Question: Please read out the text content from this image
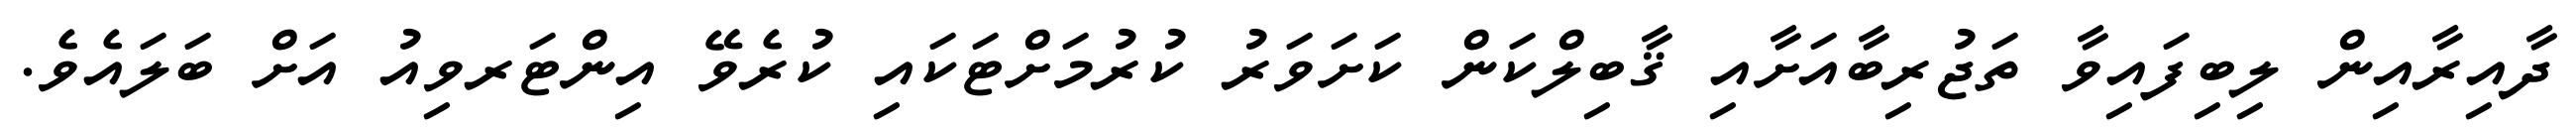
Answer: ދާއިރާއިން ލިބިފައިވާ ތަޖުރިބާއަށާއި ޤާބިލްކަން ކަށަވަރު ކުރުމަށްޓަކައި ކުރެވޭ އިންޓަރވިއު އަށް ބަލައެވެ.